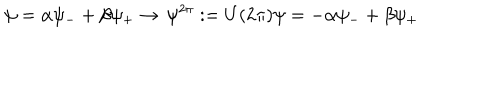
\psi = \alpha \psi _ { - } + \beta \psi _ { + } \rightarrow \, \psi ^ { 2 \pi } : = U ( 2 \pi ) \psi = - \alpha \psi _ { - } + \beta \psi _ { + }